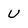
Character: u